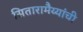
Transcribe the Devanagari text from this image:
सितारामैय्यांची